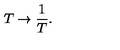
T \rightarrow { \frac { 1 } { T } } .